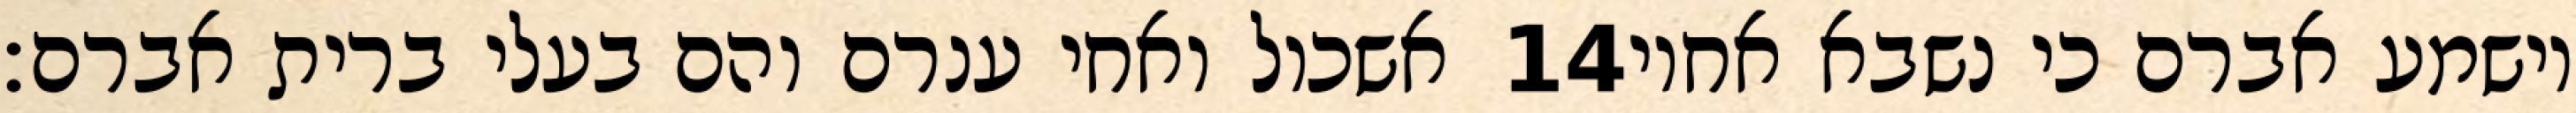
אשכול ואחי ענרם והם בעלי ברית אברם׃ ‎14‏ וישמע אברם כי נשבא אחיו